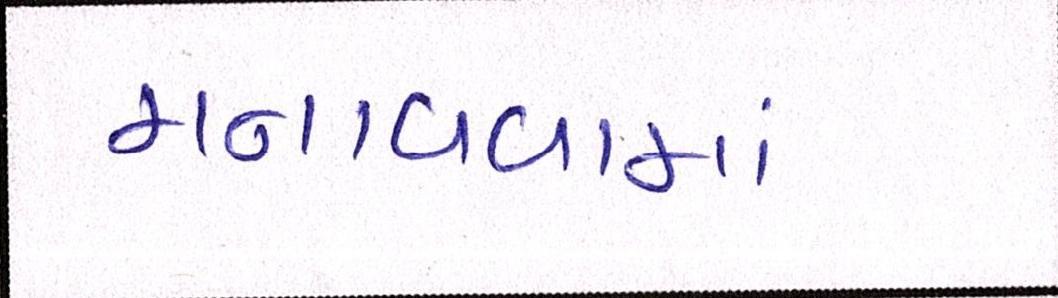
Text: મનાવવામાં